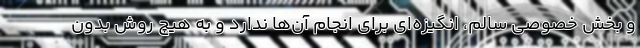
و بخش خصوصی سالم، انگیزه‌ای برای انجام آن‌ها ندارد و به هیچ روش بدون